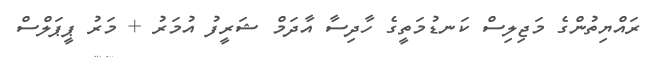
ރައްޔިތުންގެ މަޖިލިސް ކަނޑުމަތީގެ ހާދިސާ އާދަމް ޝަރީފު އުމަރު + މަރު ޕީޕަލްސް